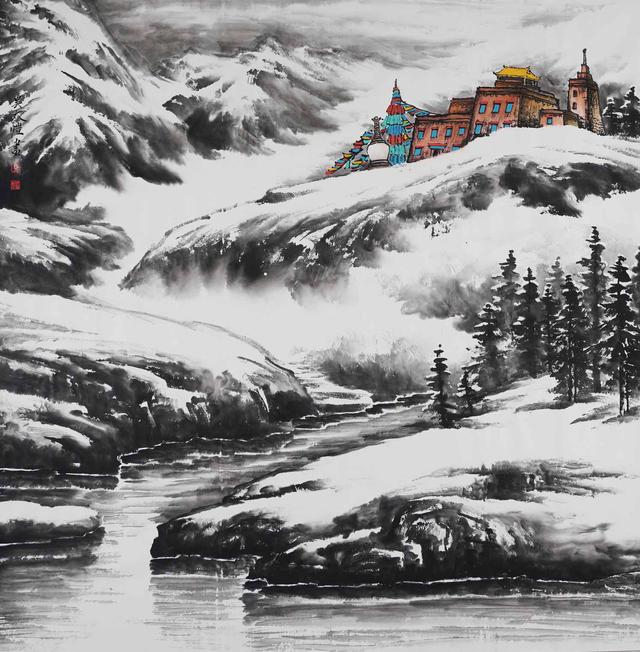
遥知独听灯前雨，转忆同看雪后山。